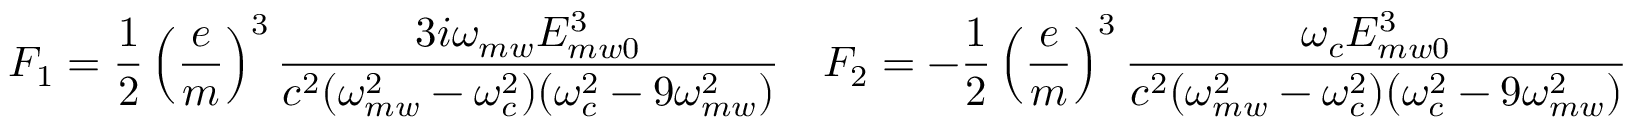
F _ { 1 } = \frac { 1 } { 2 } \left( \frac { e } { m } \right) ^ { 3 } \frac { 3 i \omega _ { m w } E _ { m w 0 } ^ { 3 } } { c ^ { 2 } ( \omega _ { m w } ^ { 2 } - \omega _ { c } ^ { 2 } ) ( \omega _ { c } ^ { 2 } - 9 \omega _ { m w } ^ { 2 } ) } \quad F _ { 2 } = - \frac { 1 } { 2 } \left( \frac { e } { m } \right) ^ { 3 } \frac { \omega _ { c } E _ { m w 0 } ^ { 3 } } { c ^ { 2 } ( \omega _ { m w } ^ { 2 } - \omega _ { c } ^ { 2 } ) ( \omega _ { c } ^ { 2 } - 9 \omega _ { m w } ^ { 2 } ) }